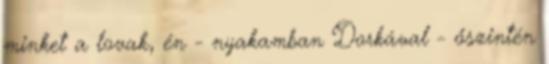
minket a lovak, én - nyakamban Dorkával - őszintén